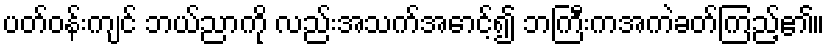
ပတ်ဝန်းကျင် ဘယ်ညာကို လည်းအသက်အောင့်၍ ဘကြီးကအကဲခတ်ကြည့်၏။